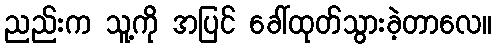
ညည်းက သူ့ကို အပြင် ခေါ်ထုတ်သွားခဲ့တာလေ။